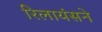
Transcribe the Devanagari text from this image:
रिलायंसने